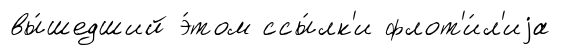
вы́шедший э́том ссы́лк'и флот'и́л'иjа